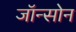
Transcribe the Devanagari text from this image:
जॉन्सोन